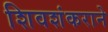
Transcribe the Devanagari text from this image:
शिवशंकराने